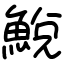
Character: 鮵